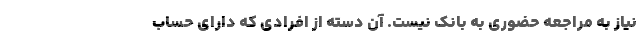
نیاز به مراجعه حضوری به بانک نیست. آن دسته از افرادی که دارای حساب